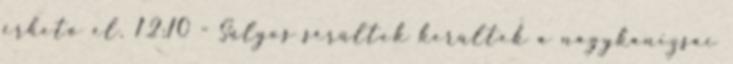
érhető el. 12:10 - Súlyos sérültek kerültek a nagykanizsai